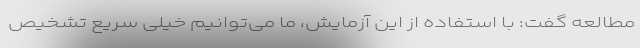
مطالعه گفت: با استفاده از این آزمایش، ما می‌توانیم خیلی سریع تشخیص